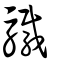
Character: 驖